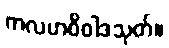
ကလဟဝိဝါဒသုတ်။